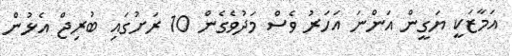
އަމާޒަކީ ޔަގީން އަންނަ އަހަރު ވެސް މަދުވެގެން 10 ރަށުގައި ބުރިޖް އެޅުން